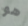
هو